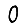
Digit: 0